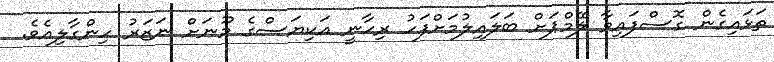
ތަޅައިގެން ގޮސްފައިވާ ލޭމްޕަށް ބަލައިލުމަށްފަހު ރިހާނީ އަކިޔަސްގެ މޫނަށް ނަޒަރު ހިންގާލިއެވެ.